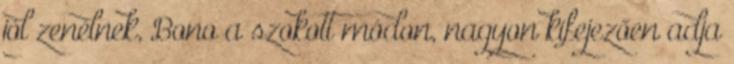
jól zenélnek, Bono a szokott módon, nagyon kifejezően adja